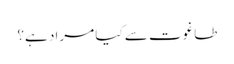
طاغوت سے کیا مراد ہے؟